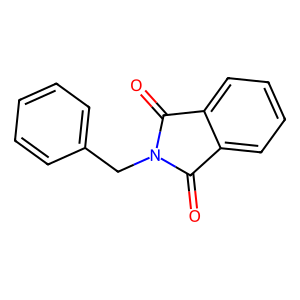
SMILES: O=C1c2ccccc2C(=O)N1Cc1ccccc1
Inhibits HIV replication: No